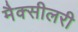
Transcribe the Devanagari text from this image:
मैक्सीलरी